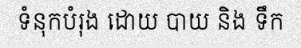
ទំនុកបំរុង ដោយ បាយ និង ទឹក